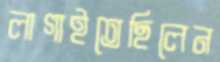
লাগাইতেছিলেন